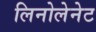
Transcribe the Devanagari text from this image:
लिनोलेनेट